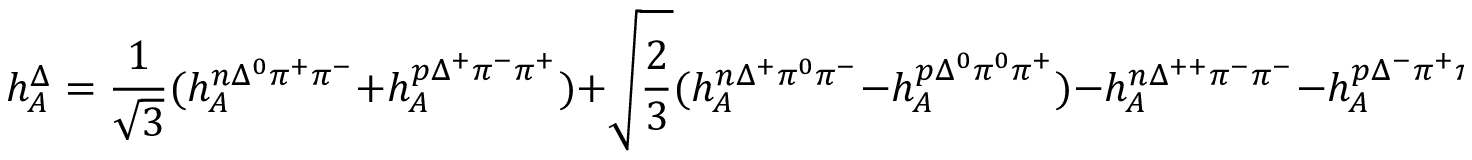
h _ { A } ^ { \Delta } = { \frac { 1 } { \sqrt { 3 } } } ( h _ { A } ^ { n \Delta ^ { 0 } \pi ^ { + } \pi ^ { - } } + h _ { A } ^ { p \Delta ^ { + } \pi ^ { - } \pi ^ { + } } ) + \sqrt { \frac { 2 } { 3 } } ( h _ { A } ^ { n \Delta ^ { + } \pi ^ { 0 } \pi ^ { - } } - h _ { A } ^ { p \Delta ^ { 0 } \pi ^ { 0 } \pi ^ { + } } ) - h _ { A } ^ { n \Delta ^ { + + } \pi ^ { - } \pi ^ { - } } - h _ { A } ^ { p \Delta ^ { - } \pi ^ { + } \pi ^ { + } } \; .